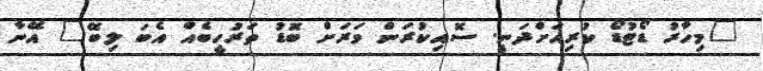
"މިހާރު ޑޯޓުޑޯ ކުރިއަށްދަނީ. ސޮއިކުރަން ވަރަށް ބޮޑު ތަރުހީބެއް އެބަ ލިބޭ" އޭނާ